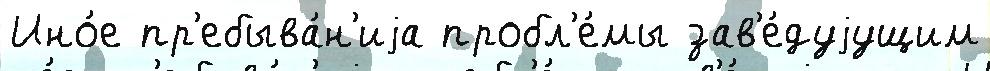
Ино́е пр'ебыва́н'иjа пробл'е́мы зав'е́дуjущим